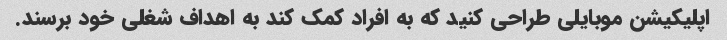
اپلیکیشن موبایلی طراحی کنید که به افراد کمک کند به اهداف شغلی خود برسند.